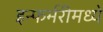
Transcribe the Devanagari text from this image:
इन्फर्मरीमध्ये